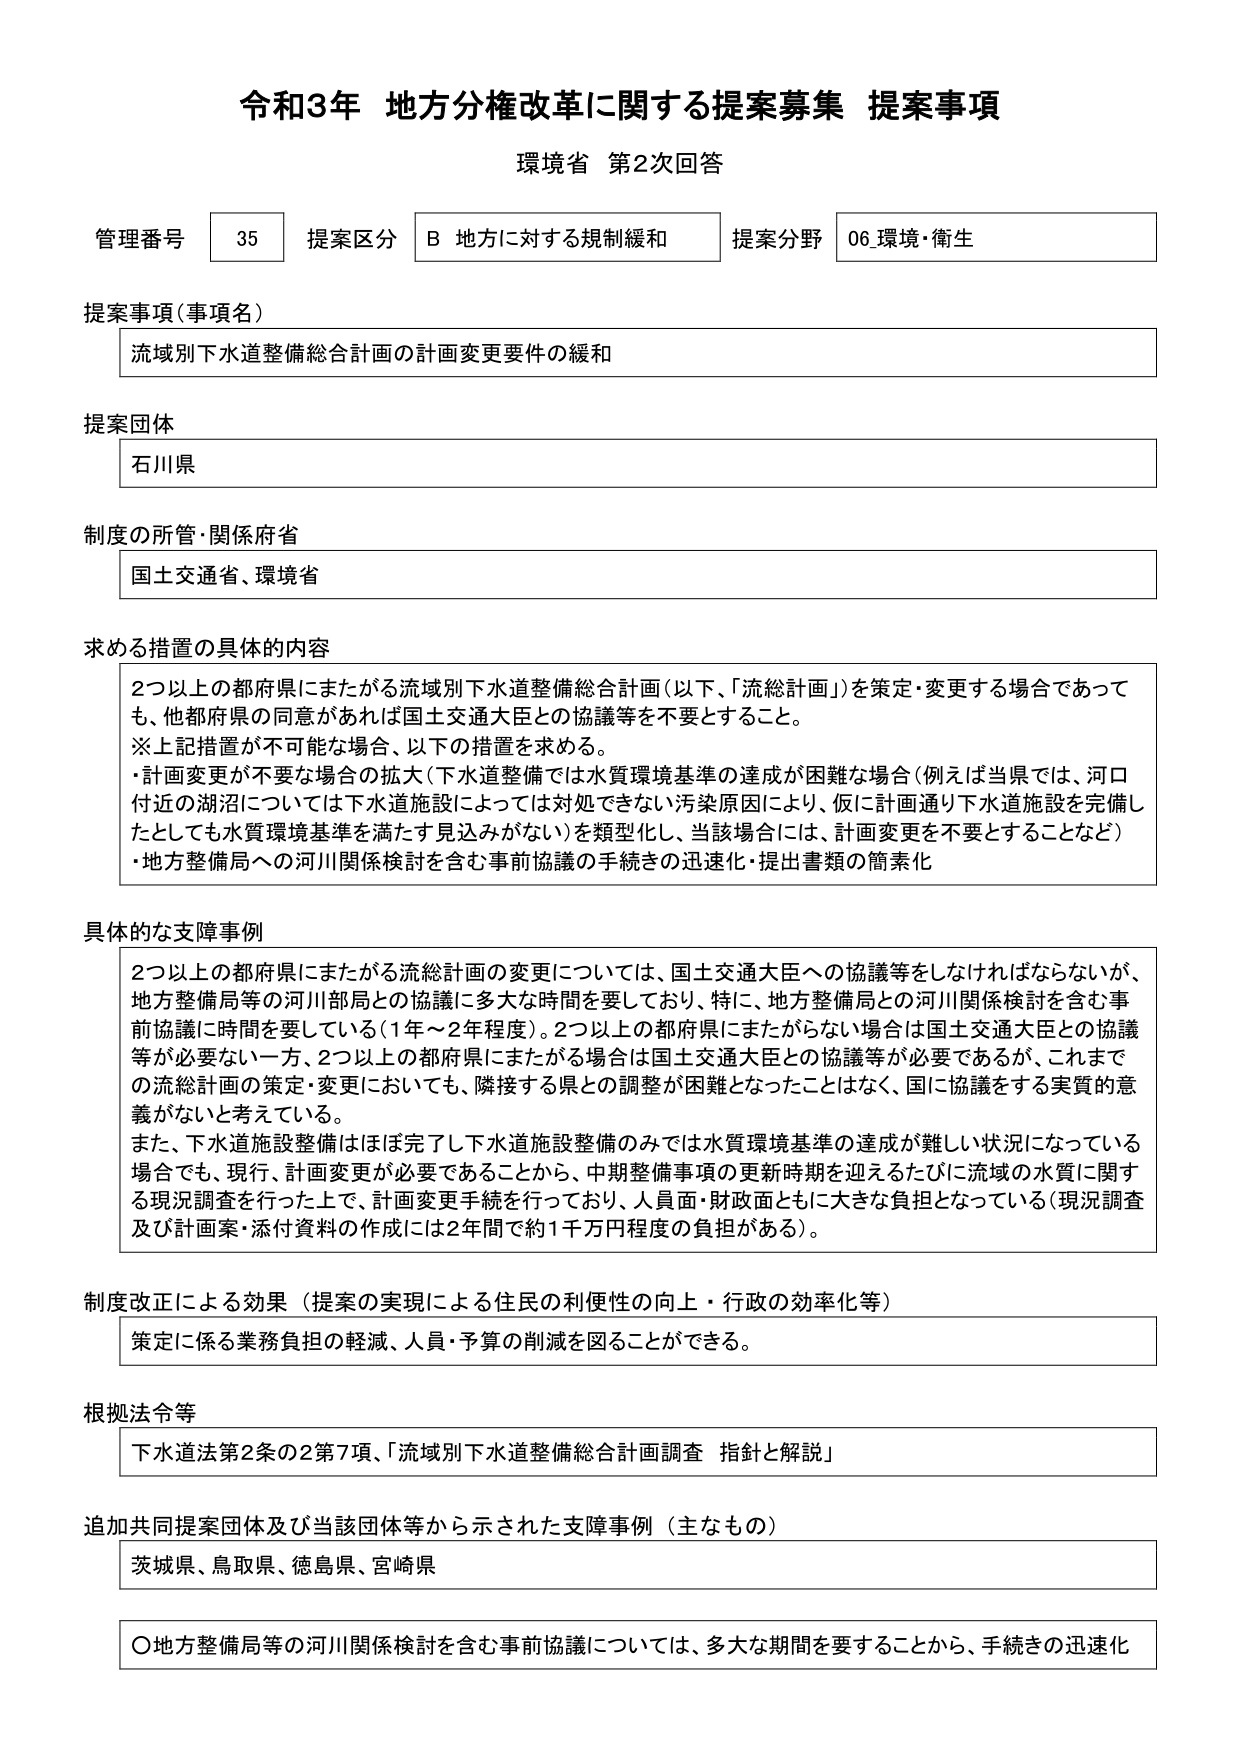
令和3年 地方分権改革に関する提案募集 提案事項
環境省 第2次回答

管理番号 35 提案区分 B 地方に対する規制緩和 提案分野 06 環境・衛生

提案事項（事項名）
流域別下水道整備総合計画の計画変更要件の緩和

提案団体
石川県

制度の所管・関係府省
国土交通省、環境省

求める措置の具体的内容
2つ以上の都府県にまたがる流域別下水道整備総合計画（以下、「流総計画」）を策定・変更する場合であっても、他都府県の同意があれば国土交通大臣との協議等を不要とすること。
※上記措置が不可能な場合、以下の措置を求める。
・計画変更が不要な場合の拡大（下水道整備では水質環境基準の達成が困難な場合（例えば当県では、河口付近の湖沼については下水道施設によっては対処できない汚染原因により、仮に計画通り下水道施設を完備したとしても水質環境基準を満たす見込みがない）を類型化し、当該場合には、計画変更を不要とすることなど）
・地方整備局への河川関係検討を含む事前協議の手続きの迅速化・提出書類の簡素化

具体的な支障事例
2つ以上の都府県にまたがる流総計画の変更については、国土交通大臣への協議等をしなければならないが、地方整備局等の河川部局との協議に多大な時間を要しており、特に、地方整備局との河川関係検討を含む事前協議に時間を要している（1年～2年程度）。2つ以上の都府県にまたがらない場合は国土交通大臣との協議等が必要ない一方、2つ以上の都府県にまたがる場合は国土交通大臣との協議等が必要であるが、これまでの流総計画の策定・変更においても、隣接する県との調整が困難となったことはなく、国に協議をする実質的意義がないと考えている。
また、下水道施設整備はほぼ完了し下水道施設整備のみでは水質環境基準の達成が難しい状況になっている場合でも、現行、計画変更が必要であることから、中期整備事項の更新時期を迎えるたびに流域の水質に関する現況調査を行った上で、計画変更手続を行っており、人員面・財政面ともに大きな負担となっている（現況調査及び計画案・添付資料の作成には2年間で約1千万円程度の負担がある）。

制度改正による効果（提案の実現による住民の利便性の向上・行政の効率化等）
策定に係る業務負担の軽減、人員・予算の削減を図ることができる。

根拠法令等
下水道法第2条の2第7項、「流域別下水道整備総合計画調査 指針と解説」

追加共同提案団体及び当該団体等から示された支障事例（主なもの）
茨城県、鳥取県、徳島県、宮崎県

〇地方整備局等の河川関係検討を含む事前協議については、多大な期間を要することから、手続きの迅速化